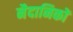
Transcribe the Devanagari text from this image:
नैदानिकों